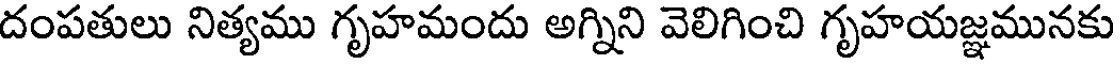
దంపతులు నిత్యము గృహమందు అగ్నిని వెలిగించి గృహయజ్ఞమునకు